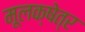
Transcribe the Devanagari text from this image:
मूलक्षेत्र